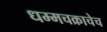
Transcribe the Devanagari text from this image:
धम्मचक्राचेच